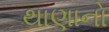
થાણાનો